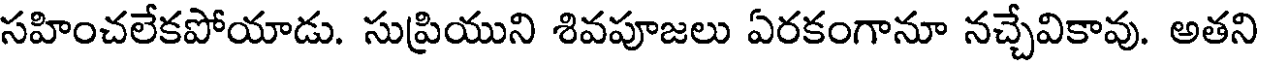
సహించలేకపోయాడు. సుప్రియుని శివపూజలు ఏరకంగానూ నచ్చేవికావు. అతని